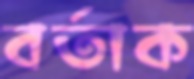
বর্তাক